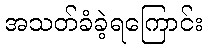
အသတ်ခံခဲ့ရကြောင်း